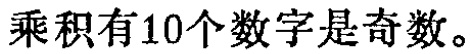
乘积有10个数字是奇数。